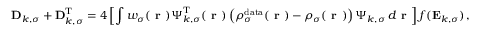
\mathbf { D } _ { k , \sigma } + \mathbf { D } _ { k , \sigma } ^ { \mathrm { T } } = 4 \left[ \int w _ { \sigma } ( \boldsymbol { \textbf { r } } ) \boldsymbol { \Psi } _ { k , \sigma } ^ { \mathrm { T } } ( \boldsymbol { \textbf { r } } ) \left( \rho _ { \sigma } ^ { \mathrm { d a t a } } ( \boldsymbol { \textbf { r } } ) - \rho _ { \sigma } ( \boldsymbol { \textbf { r } } ) \right) \boldsymbol { \Psi } _ { k , \sigma } \, d \boldsymbol { \textbf { r } } \right] f ( \mathbf { E } _ { k , \sigma } ) \, ,